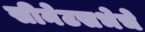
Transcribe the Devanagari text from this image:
सीनेटसभेचे